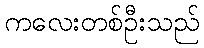
ကလေးတစ်ဦးသည်